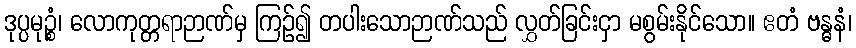
ဒုပ္ပမုဉ္စံ၊ လောကုတ္တရာဉာဏ်မှ ကြဉ်၍ တပါးသောဉာဏ်သည် လွှတ်ခြင်းငှာ မစွမ်းနိုင်သော။ ဧတံ ဗန္ဓနံ၊